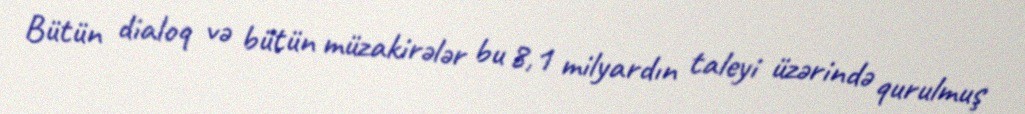
Bütün dialoq və bütün müzakirələr bu 8,1 milyardın taleyi üzərində qurulmuş